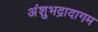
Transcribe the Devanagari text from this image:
अंशुभद्रादागम